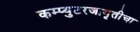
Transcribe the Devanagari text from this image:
कम्प्युटरजागृतीचा